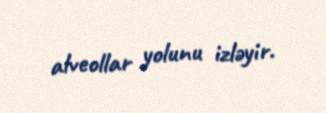
alveollar yolunu izləyir.